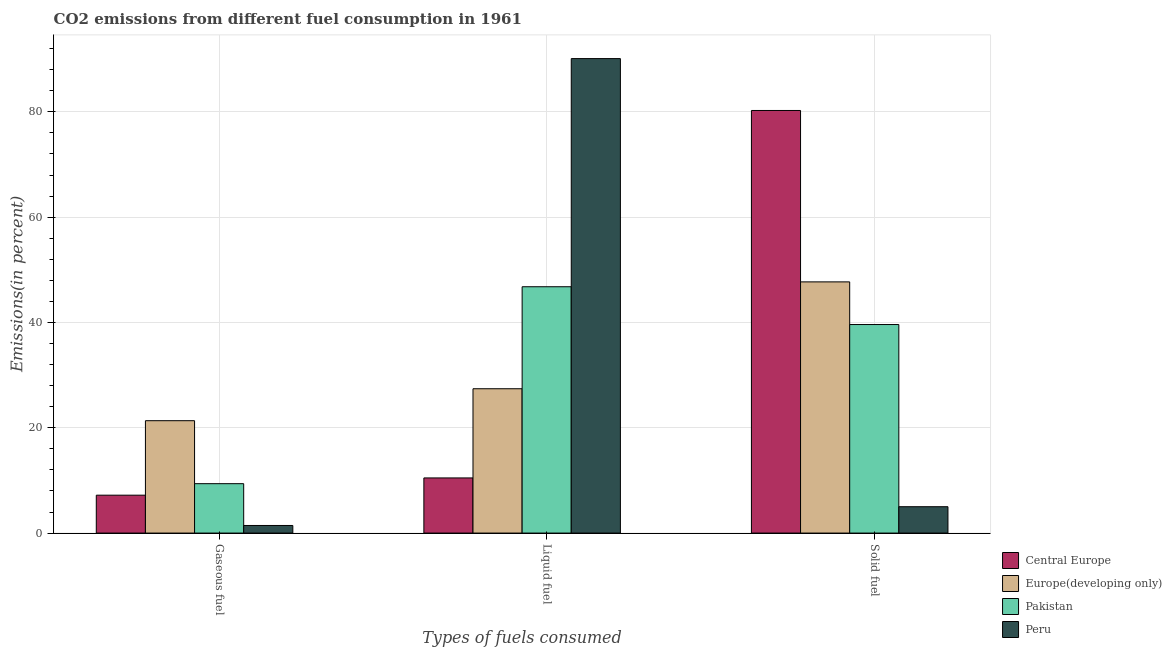
| Types of fuels consumed | Central Europe | Europe(developing only) | Pakistan | Peru |
 | --- | --- | --- | --- | --- |
 | Gaseous fuel | 7.2 | 21.3 | 9.38 | 1.44 |
 | Liquid fuel | 10.5 | 27.4 | 46.8 | 90.1 |
 | Solid fuel | 80.3 | 47.7 | 39.6 | 5.01 |